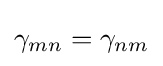
\gamma _{mn}=\gamma _{nm}